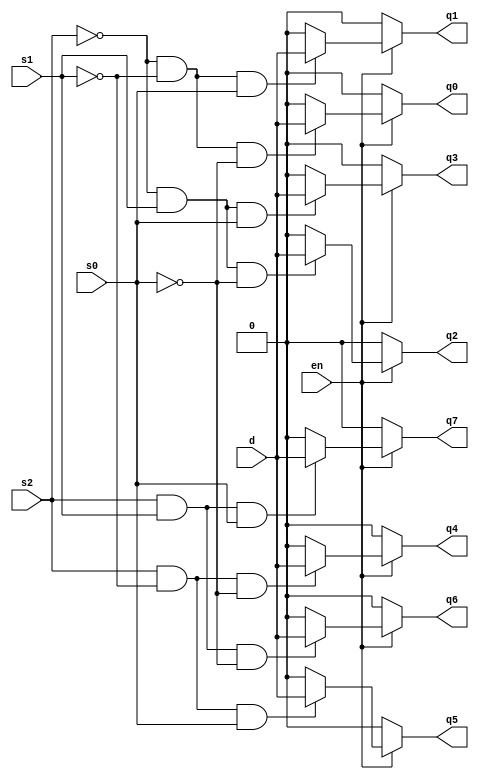
module part16(en, s0, s1, s2, d, q0, q1, q2, q3, q4, q5, q6, q7);

input en, s0, s1, s2;
input d;
output q0, q1, q2, q3, q4, q5, q6, q7;

assign q0 = en ? (~s2&~s1&~s0 ? d : 0) : 0;
assign q1 = en ? (~s2&~s1&s0 ? d : 0) : 0;
assign q2 = en ? (~s2&s1&~s0 ? d : 0) : 0;
assign q3 = en ? (~s2&s1&s0 ? d : 0) : 0;
assign q4 = en ? (s2&~s1&~s0 ? d : 0) : 0;
assign q5 = en ? (s2&~s1&s0 ? d : 0) : 0;
assign q6 = en ? (s2&s1&~s0 ? d : 0) : 0;
assign q7 = en ? (s2&s1&s0 ? d : 0) : 0;

endmodule